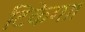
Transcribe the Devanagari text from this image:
टिकेगा।